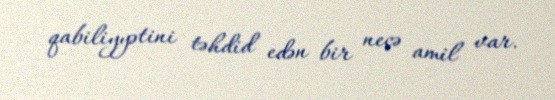
qabiliyyətini təhdid edən bir neçə amil var.